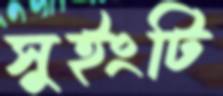
সুইংটি